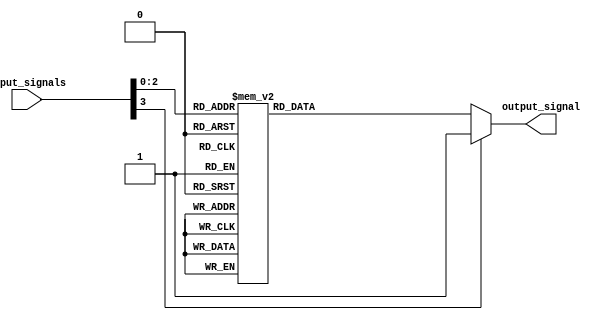
module generate_function (
    input [3:0] input_signals,
    output reg output_signal
);

always @* begin
    case(input_signals)
        4'b0000: output_signal = 1'b0;
        4'b0001: output_signal = 1'b1;
        4'b0010: output_signal = 1'b0;
        4'b0011: output_signal = 1'b1;
        4'b0100: output_signal = 1'b1;
        4'b0101: output_signal = 1'b0;
        4'b0110: output_signal = 1'b1;
        4'b0111: output_signal = 1'b0;
        default: output_signal = 1'b1;
    endcase
end

endmodule